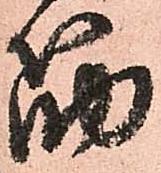
筋